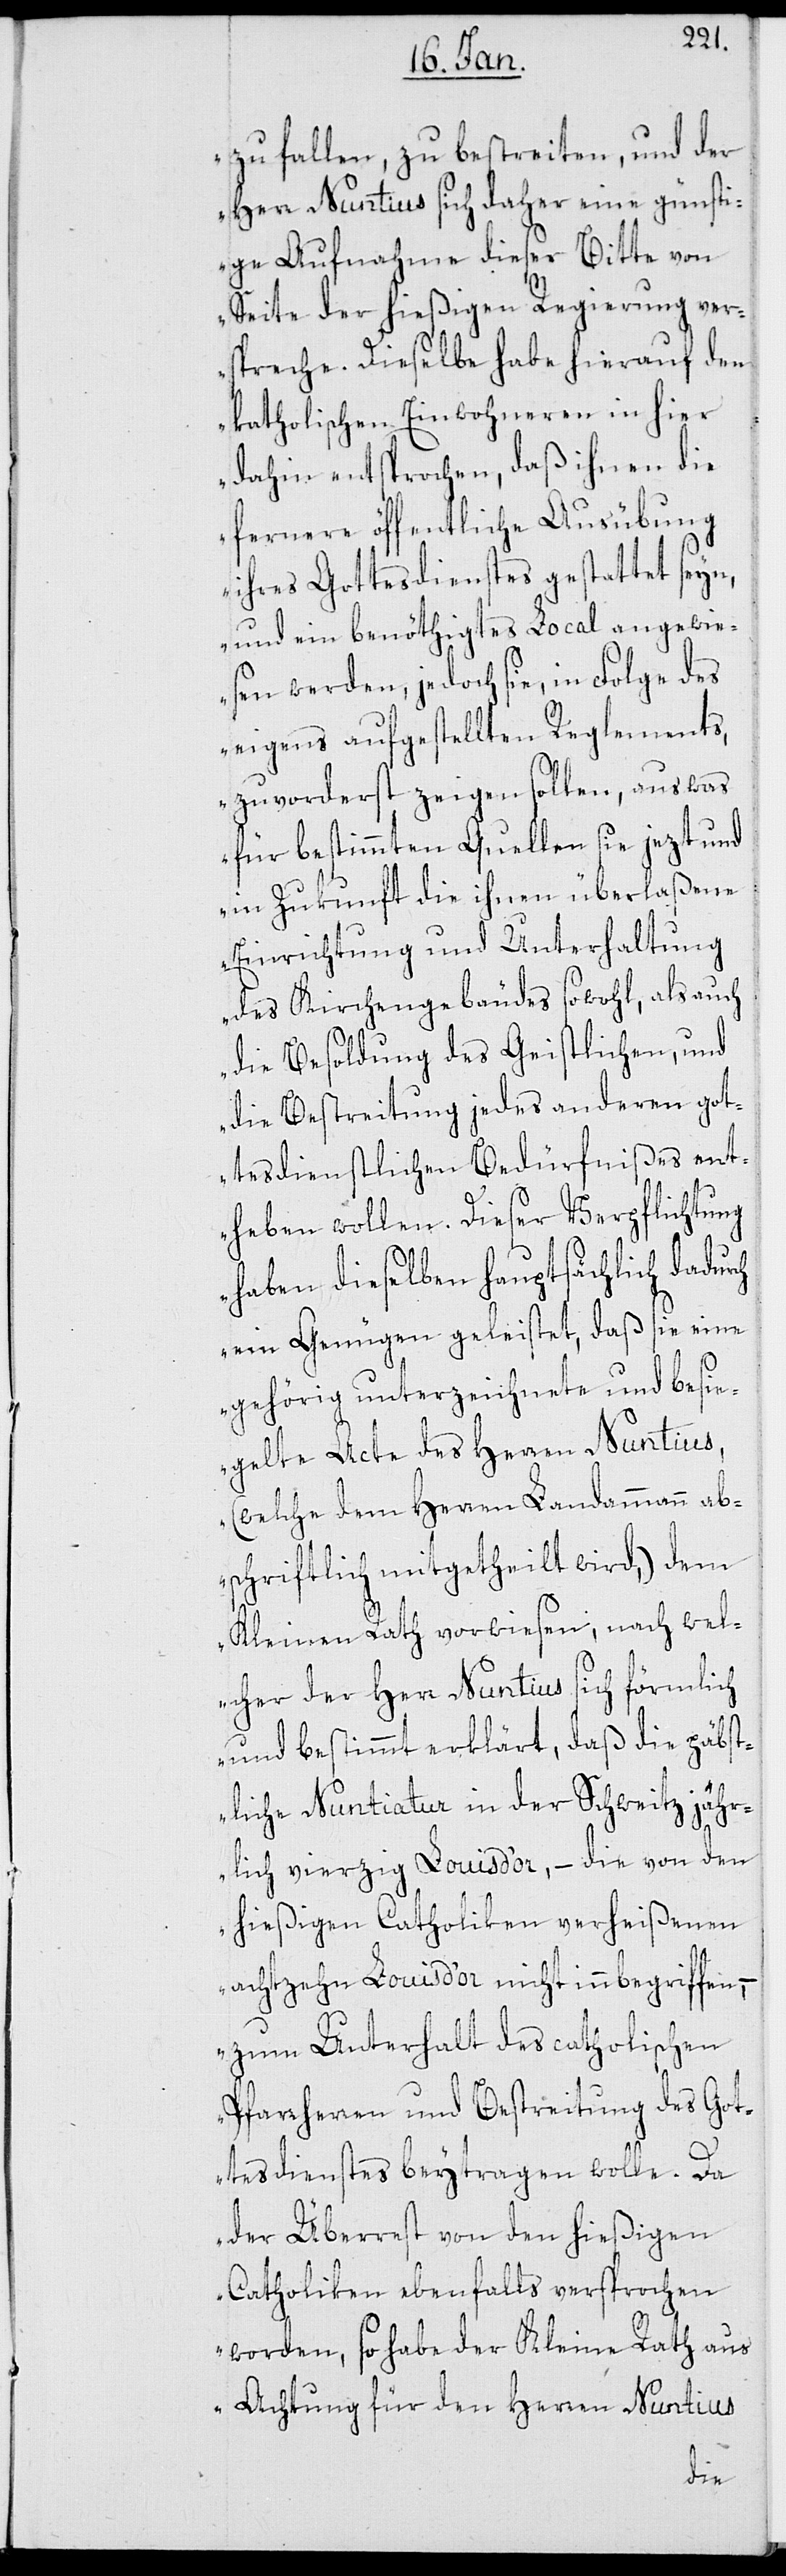
zu fallen, zu bestreiten, und der
Herr Nuntius sich daher eine günsti¬
ge Aufnahme dieser Bitte von
Seite der hießigen Regierung ver¬
spreche. Dieselbe habe hierauf den
katholischen Einwohneren in hier
dahin entsprochen, daß ihnen die
fernere öffentliche Ausübung
ihres Gottesdienstes gestattet seyn,
und ein benöthigtes Local angewie¬
sen werden, jedoch sie, in Folge des
eigens aufgestellten Reglements,
zuvorderst zeigen sollen, aus was
für bestimmten Quellen sie jezt und
in Zukunft die ihnen überlaßene
Einrichtung und Unterhaltung
des Kirchengebäudes sowohl, als auch
die Besoldung des Geistlichen, und
die Bestreitung jedes anderen got¬
tesdienstlichen Bedürfnißes ent¬
heben wollen. Dieser Verpflichtung
haben dieselben hauptsächlich dadurch
ein Genügen geleistet, daß sie eine
gehörig unterzeichnete und besi¬
egelte Acte des Herren Nuntius,
(welche dem Herren Landammann ab¬
schriftlich mitgetheilt wird), dem
Kleinen Rath vorwiesen, nach wel¬
cher der Herr Nuntius sich förmlich
und bestimmt erklärt, daß die päbst¬
liche Nuntiatur in der Schweitz jähr¬
lich vierzig Louis d’or, – die von den
hießigen Catholiken verheißenen
achtzehn Louis d’or nicht innbegriffen,
– zum Unterhalt des catholischen
Pfarrherren und Bestreitung des Got¬
tesdienstes beytragen wolle. Da
der Überrest von den hießigen
Catholiken ebenfalls versprochen
worden, so habe der Kleine Rath aus
Achtung für den Herren Nuntius